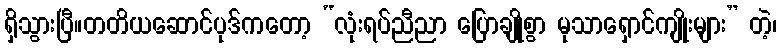
ရှိသွားပြီ။တတိယဆောင်ပုဒ်ကတော့ “လုံးရပ်ညီညာ ပြောချိုစွာ မုသာရှောင်ကျိုးများ” တဲ့၊